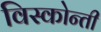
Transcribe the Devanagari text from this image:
विस्कोन्ती